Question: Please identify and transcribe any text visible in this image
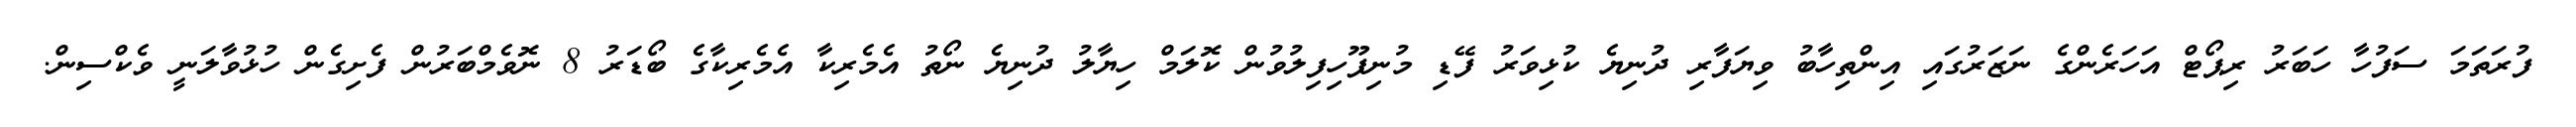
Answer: ފުރަތަމަ ސަފުހާ ހަބަރު ރިޕޯޓް އަހަރެންގެ ނަޒަރުގައި އިންތިހާބު ވިޔަފާރި ދުނިޔެ ކުޅިވަރު ފޭޑި މުނިފޫހިފިލުވުން ކޮލަމް ހިޔާލު ދުނިޔެ ނޯތު އެމެރިކާ އެމެރިކާގެ ބޯޑަރު 8 ނޮވެމްބަރުން ފެށިގެން ހުޅުވާލަނީ ވެކްސިން.